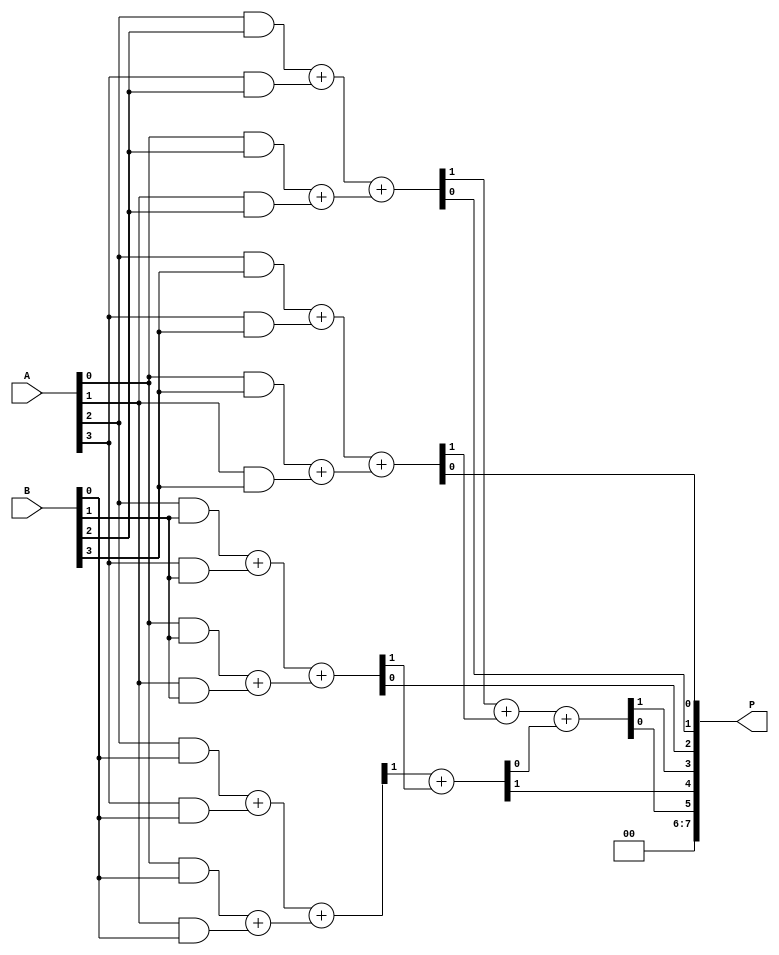
module WallaceTreeMultiplier (
    input [3:0] A, // 4-bit input
    input [3:0] B, // 4-bit input
    output [7:0] P // 8-bit output (2n bits)
);
    wire [3:0] pp [3:0]; // Partial products
    wire [7:0] sum [3:0]; // Sums at each stage
    wire [3:0] carry [3:0]; // Carries at each stage

    // Generate partial products
    genvar i, j;
    generate
        for (i = 0; i < 4; i = i + 1) begin: pp_gen
            for (j = 0; j < 4; j = j + 1) begin: pp_gen_inner
                assign pp[i][j] = A[i] & B[j];
            end
        end
    endgenerate

    // First reduction stage (3 bits to 2 bits)
    // Columns 0 to 3
    assign {sum[0][1], carry[0][0]} = pp[0][0] + pp[1][0]; // Column 0
    assign {sum[0][0], carry[0][1]} = pp[2][0] + pp[3][0] + carry[0][0];

    assign {sum[1][1], carry[1][0]} = pp[0][1] + pp[1][1]; // Column 1
    assign {sum[1][0], carry[1][1]} = pp[2][1] + pp[3][1] + carry[1][0];

    assign {sum[2][1], carry[2][0]} = pp[0][2] + pp[1][2]; // Column 2
    assign {sum[2][0], carry[2][1]} = pp[2][2] + pp[3][2] + carry[2][0];

    assign {sum[3][1], carry[3][0]} = pp[0][3] + pp[1][3]; // Column 3
    assign {sum[3][0], carry[3][1]} = pp[2][3] + pp[3][3] + carry[3][0];

    // Second reduction stage (reduce to final sums)
    wire [3:0] final_sum;
    wire final_carry;

    assign {final_sum[1], carry[0][2]} = sum[0][0] + sum[1][0]; // Combine column 0 and 1
    assign {final_sum[0], carry[0][3]} = sum[2][0] + sum[3][0] + carry[0][2];  // Combine column 2 and 3

    // Preparing the final carry to complete the multiplication
    assign {P[7:6], P[5:0]} = {carry[0][3], final_sum[1], final_sum[0], carry[1][1], carry[2][1], carry[3][1]};
    
endmodule